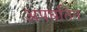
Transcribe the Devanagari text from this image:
अपघतित